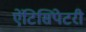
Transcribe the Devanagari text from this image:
ऐंटिसिपेटरी